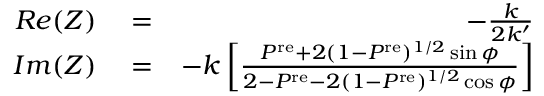
\begin{array} { r l r } { R e ( Z ) } & { { } = } & { - \frac { k } { 2 k ^ { \prime } } } \\ { I m ( Z ) } & { { } = } & { - k \left[ \frac { P ^ { \mathrm { r e } } + 2 ( 1 - P ^ { \mathrm { r e } } ) ^ { 1 / 2 } \sin \phi } { 2 - P ^ { \mathrm { r e } } - 2 ( 1 - P ^ { \mathrm { r e } } ) ^ { 1 / 2 } \cos \phi } \right] } \end{array}